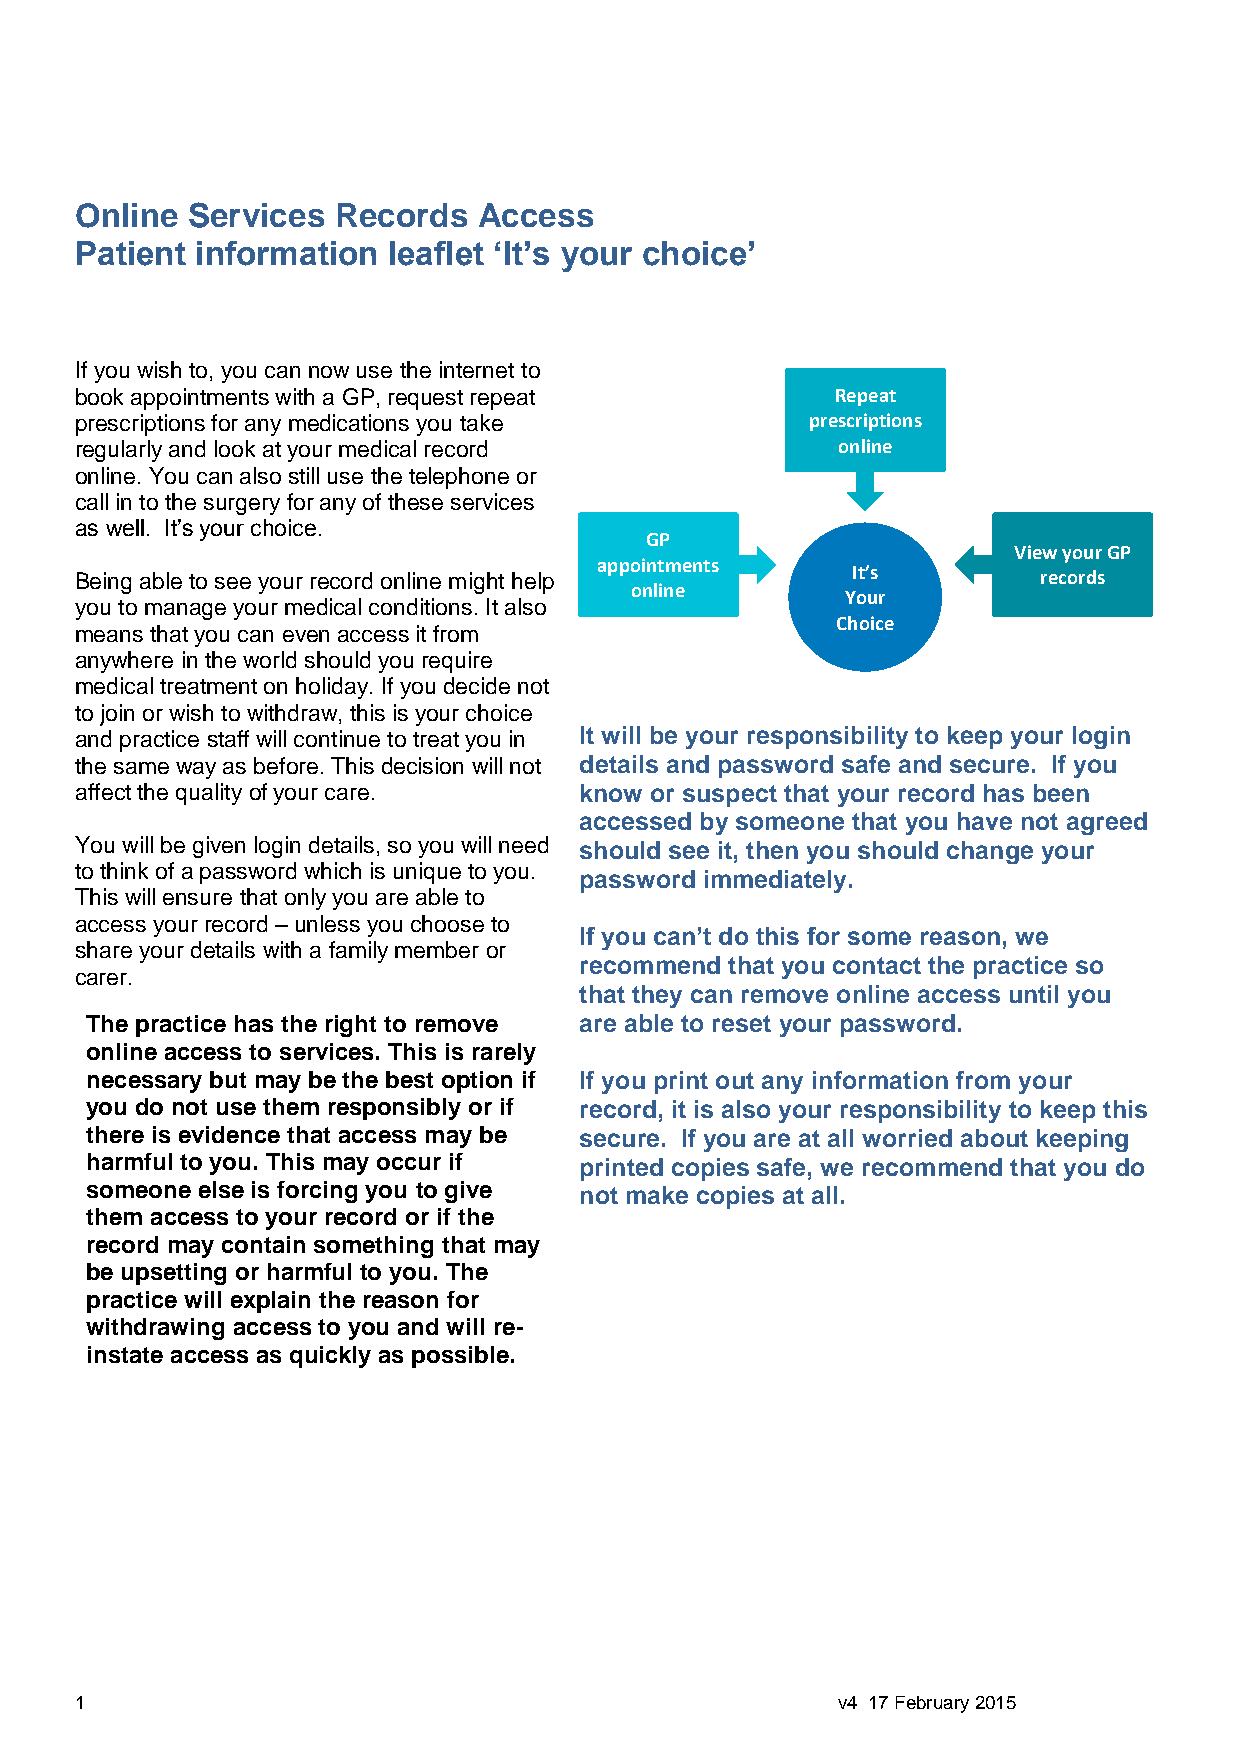
Online Services  Records   Access
 Patient information  leaflet ‘It’s your choice’
 If you wish to, you can now use the internet to
 book appointments with a GP, request repeat       Repeat
 prescriptions for any medications you take       prescriptions
 regularly and look at your medical record         online
 online. You can also still use the telephone or
 call in to the surgery for any of these services
 as well. It’s your choice.
 GP
 View your GP
 appointments
 Being able to see your record online might help    It’s         records
 online
 Your
 you to manage your medical conditions. It also
 Choice
 means that you can even access it from
 anywhere in the world should you require
 medical treatment on holiday. If you decide not
 to join or wish to withdraw, this is your choice
 and practice staff will continue to treat you in It will be your responsibility to keep your login
 the same way as before. This decision will not details and password safe and secure. If you
 affect the quality of your care. know or suspect that your record has been
 accessed by someone that you have not agreed
 You will be given login details, so you will need should see it, then you should change your
 to think of a password which is unique to you.
 password immediately.
 This will ensure that only you are able to
 access your record – unless you choose to
 If you can’t do this for some reason, we
 share your details with a family member or
 recommend that you contact the practice so
 carer.
 that they can remove online access until you
 The practice has the right to remove are able to reset your password.
 online access to services. This is rarely
 necessary but may be the best option if If you print out any information from your
 you do not use them responsibly or if record, it is also your responsibility to keep this
 there is evidence that access may be secure. If you are at all worried about keeping
 harmful to you. This may occur if printed copies safe, we recommend that you do
 someone else is forcing you to give not make copies at all.
 them access to your record or if the
 record may contain something that may
 be upsetting or harmful to you. The
 practice will explain the reason for
 withdrawing access to you and will re-
 instate access as quickly as possible.
 1                                                 v4 17 February 2015